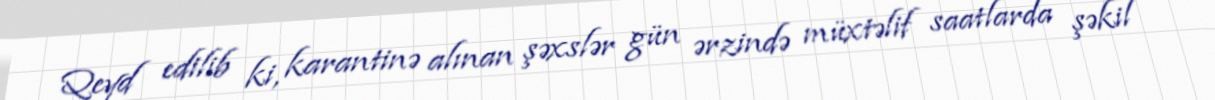
Qeyd edilib ki, karantinə alınan şəxslər gün ərzində müxtəlif saatlarda şəkil